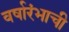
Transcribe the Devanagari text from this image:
वर्षारंभाची